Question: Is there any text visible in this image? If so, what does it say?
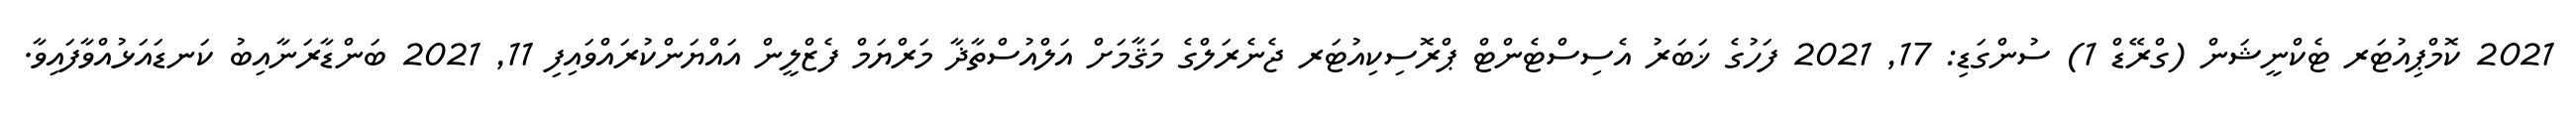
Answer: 2021 ކޮމްޕިއުޓަރ ޓެކްނީޝަން (ގްރޭޑް 1) ސުންގަޑި: 17, 2021 ފަހުގެ ޚަބަރު އެސިސްޓެންޓް ޕްރޮސިކިއުޓަރ ޖެނެރަލްގެ މަޤާމަށް އަލްއުސްތާޛާ މަރްޔަމް ފެޒްލީން އައްޔަންކުރައްވައިފި 11, 2021 ބަންޑާރަނާއިބު ކަނޑައަޅުއްވާފައިވާ.